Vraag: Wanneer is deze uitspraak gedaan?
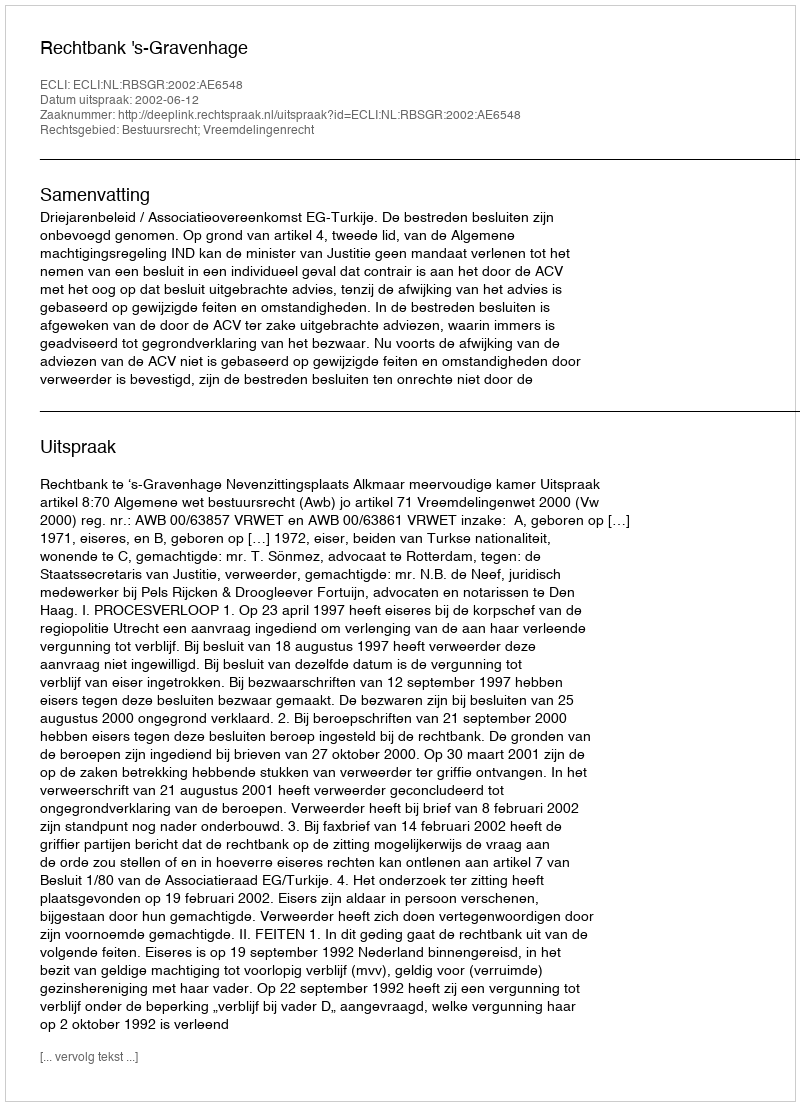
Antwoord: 2002-06-12